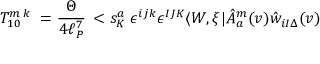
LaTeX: T _ { 1 0 } ^ { m \; k } \; = \frac { \Theta } { 4 \ell _ { P } ^ { 7 } } \, < s _ { K } ^ { a } \; \epsilon ^ { i j k } \epsilon ^ { I J K } \langle W , \xi | \hat { A } _ { a } ^ { m } ( v ) \hat { w } _ { i I \Delta } ( v )